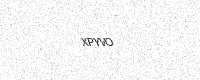
Text: XPYVO